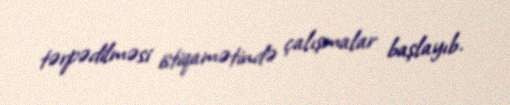
tərpədilməsi istiqamətində çalışmalar başlayıb.